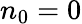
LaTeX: n_{0}=0